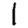
Digit: 1